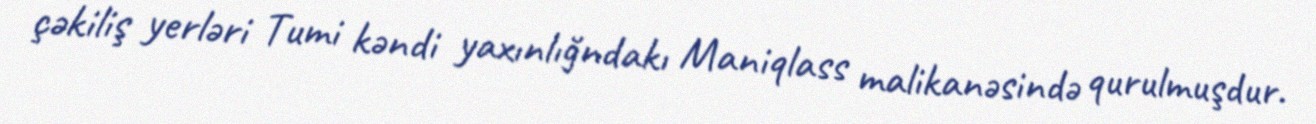
çəkiliş yerləri Tumi kəndi yaxınlığndakı Maniqlass malikanəsində qurulmuşdur.